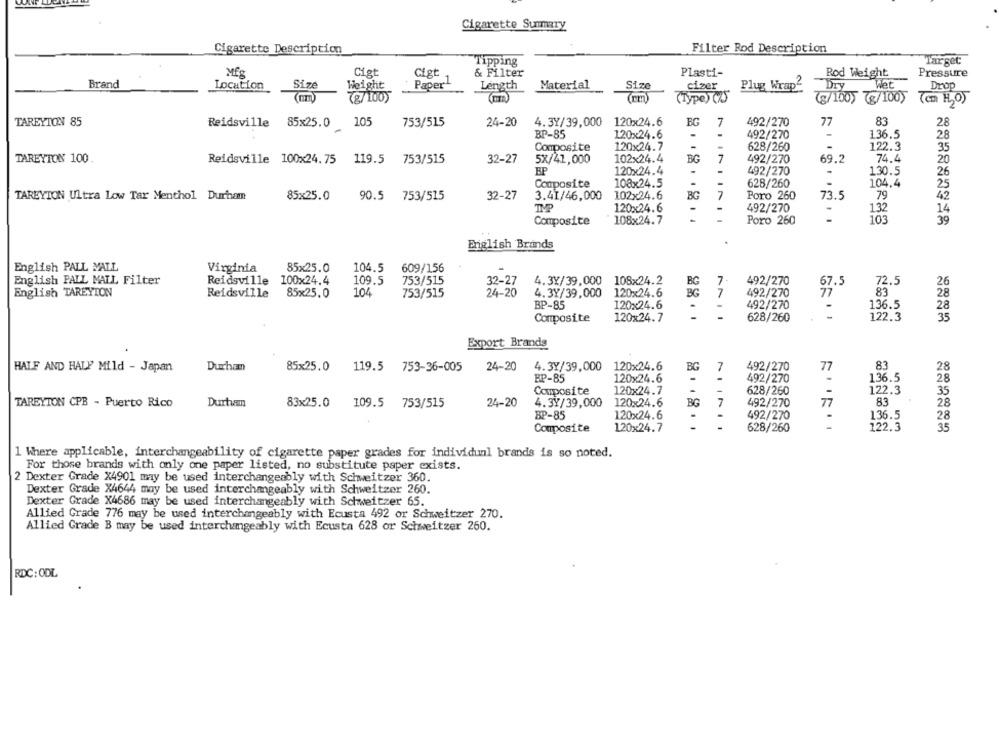
Cigarette Summary
Cigarette Description
Filter Rod Description
Tipping
Target
Mfg
Cigt
Cigt
& Filter
Plasti-
Rod Weight
Pressure
Size
1
Brand
Location
Weight
Paper"
Length
Material
Size
cizer
Plug Wrap2
Dry
Drop
(g/100)
(rm)
(m)
(Type) (2)
(g/100) (g/100) (cm H2O)
TAREYTON 85
EG
83
Reidsville 85x25.0
105
753/515
24-20
4.3Y/39,000
120x24.6
7
492/270
77
28
BP-85
120x24.6
.
.
492/270
-
136.5
28
Composite
120x24.7
-
-
628/260
122.3
35
102x24.4
BG
74.4
TAREYTON 100.
Reidsville 100x24.75 119.5
753/515
32-27
5X/41,000
7
492/270
69.2
20
BP
120x24.4
.
492/270
130.5
26
-
Composite
108×24.5
628/260
104.4
25
85x25.0
90.5
32-27
3.41/46,000
102x24.6
BG
7
Poro 260
73.5
79
42
TAREYTON Ultra Low Tar Menthol Durham
753/515
TMP
120x24.6
-
492/270
132
14
Composite
108×24.7
Poro 260
103
39
English Brands
English PALL MALL
Virginia
85x25.0
104.5
609/156
English PALL MALL Filter
Reidsville 100x24.4
109.5
753/515
32-27
4.3Y/39.000 108x24.2
BG
7-
492/270
67.5
72.5
26
English TAREYION
Reidsville
104
753/515
4.3Y/39,000
120x24.6
7
492/270
77
83
28
85x25.0
24-20
BG
BP-85
120x24.6
492/270
136.5
28
-
Composite
120x24.7
628/260
122.3
35
Export Brands
HALF AND HALY Mild - Japan
Durham
24-20
4.3Y/39,000
120x24.6
BG
492/270
77
83
28
85x25.0 119.5 753-36-005
BP-85
120x24.6
-
492/270
28
Composite
120x24.7
628/260
122.3
35
-
TAREYTON CPB - Puerto Rico
Durham
83x25.0
109.5 753/515
24-20
4.3Y/39,000
120x24.6
BG
7
492/270
83
28
BP-85
120x24.6
492/270
28
Composite
120x24.7
628/260
-
122.3
35
1 Where applicable, interchangeability of cigarette paper grades for individual brands is so noted.
For those brands with only one paper listed, no substitute paper exists.
2 Dexter Grade X4901 may be used interchangeably with Schweitzer 360.
Dexter Grade X4644 may be used interchangeably with Schweitzer 260.
Dexter Grade X4686 may be used interchangeably with Schweitzer 65.
Allied Grade 776 may be used interchangeably with Ecusta 492 or Schweitzer 270.
Allied Grade B may be used interchangeably with Ecusta 628 or Schweitzer 260.
RDC: ODL